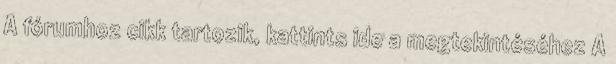
A fórumhoz cikk tartozik, kattints ide a megtekintéséhez A